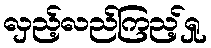
လှည့်လည်ကြည့်ရှု